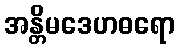
အန္တိမဒေဟဓရော